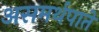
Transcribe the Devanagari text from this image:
असमर्थपाते